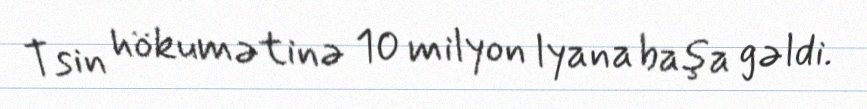
Tsin hökumətinə 10 milyon lyana başa gəldi.